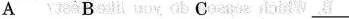
A B C ___